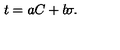
t = a C + b \! \sigma .